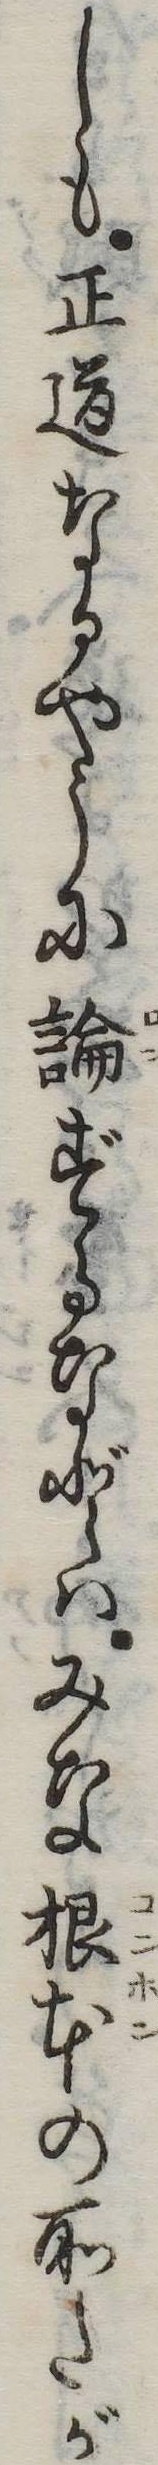
しも正道なるやうに論ずるなどはみな根本の所たが